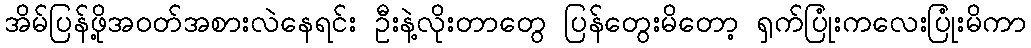
အိမ်ပြန်ဖို့အဝတ်အစားလဲနေရင်း ဦးနဲ့လိုးတာတွေ ပြန်တွေးမိတော့ ရှက်ပြုံးကလေးပြုံးမိကာ